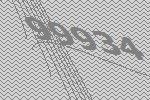
99934